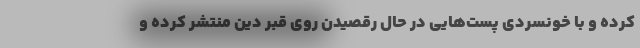
کرده و با خونسردی پست‌هایی در حال رقصیدن روی قبر دین منتشر کرده و